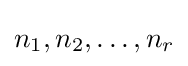
n_{1},n_{2},\dots ,n_{r}